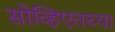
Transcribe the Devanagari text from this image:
सोव्हिएतच्या